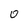
Character: o